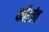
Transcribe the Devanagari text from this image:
कौर्टात